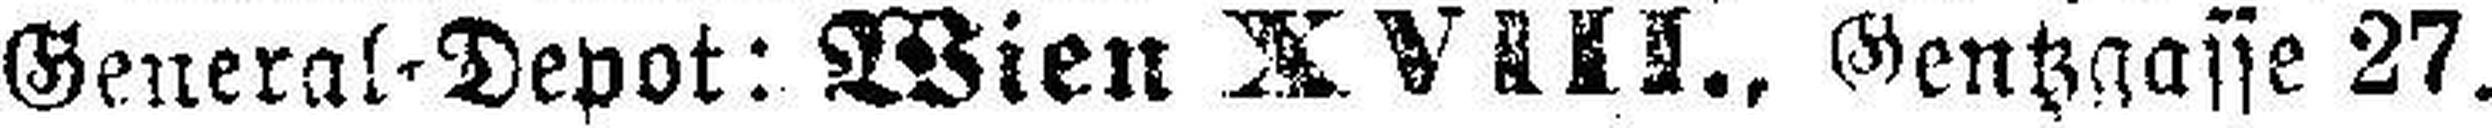
General-Depot: Wien XVIII., Gentzgasse 27.